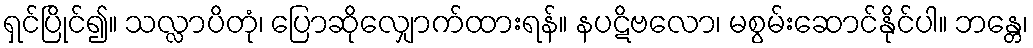
ရှင်ပြိုင်၍။ သလ္လာပိတုံ၊ ပြောဆိုလျှောက်ထားရန်။ နပဋိဗလော၊ မစွမ်းဆောင်နိုင်ပါ။ ဘန္တေ၊